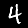
Label: 4